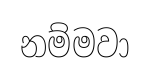
නම්මවා